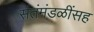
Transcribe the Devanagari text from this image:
संतंमंडळींसह